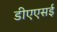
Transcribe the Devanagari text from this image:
डीएएसई